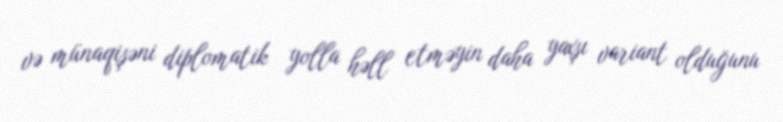
və münaqişəni diplomatik yolla həll etməyin daha yaxşı variant olduğunu